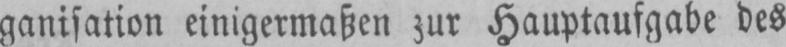
ganisation einigermaßen zur Hauptaufgabe des